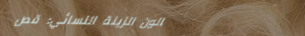
صالون الزينة النسائي: قص